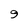
Character: 9